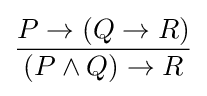
{\frac {P\to (Q\to R)}{(P\land Q)\to R}}